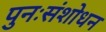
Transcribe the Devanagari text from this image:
पुनःसंशोधन